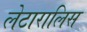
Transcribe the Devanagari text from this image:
लेटारालिस